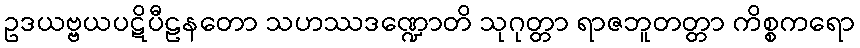
ဥဒယဗ္ဗယပဋိပီဠနတော သဟဿဒဏ္ဍောတိ သုဂုတ္တာ ရာဇဘူတတ္တာ ကိစ္စကရော